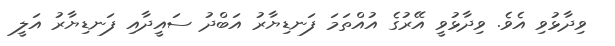
ވިދާޅުވި އެވެ. ވިދާޅުވީ އޭރުގެ އުއްތަމަ ފަނޑިޔާރު އަބްދު ސައީދާއި ފަނޑިޔާރު އަލީ